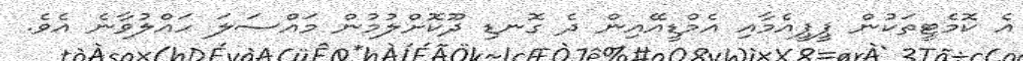
އެ ކޮމެޓީތަކުން ޕީޕީއެމާއި އެމްޑީއޭއިން ދެ ގޮނޑި ދޫކޮށްލުމުން މައްސަލަ ހައްލުވާނެ އެވެ.